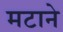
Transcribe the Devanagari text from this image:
मटाने